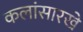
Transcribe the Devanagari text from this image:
कलांसारखे